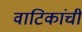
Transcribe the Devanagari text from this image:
वाटिकांची